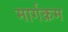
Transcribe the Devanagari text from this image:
मार्गक्रम